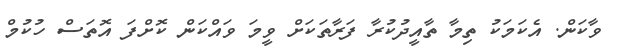
ވާކަން. އެކަމަކު ތިމާ ތާއީދުކުރާ ފަރާތަކަށް ވީމަ ވައްކަން ކޮށްފަ އޮތަސް ހުކުމް